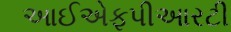
આઈએફપીઆરટી